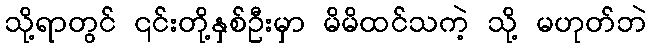
သို့ရာတွင် ၎င်းတို့နှစ်ဦးမှာ မိမိထင်သကဲ့ သို့ မဟုတ်ဘဲ